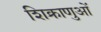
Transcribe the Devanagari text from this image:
शिक्राणुओं